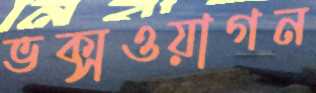
ভক্সওয়াগন